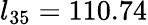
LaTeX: l_{35}=110.74